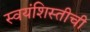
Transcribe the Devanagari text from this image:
स्वयंशिस्तीची